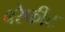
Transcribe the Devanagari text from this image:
बरेफीट